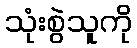
သုံးစွဲသူကို